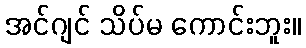
အင်ဂျင် သိပ်မ ကောင်းဘူး။